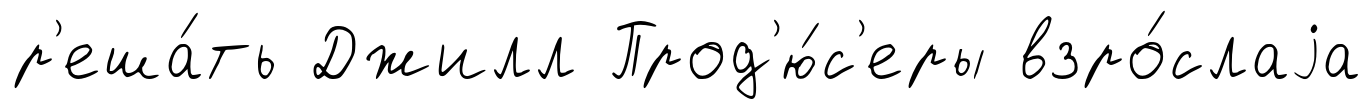
р'еша́ть Джилл Прод'ю́с'еры взро́слаjа